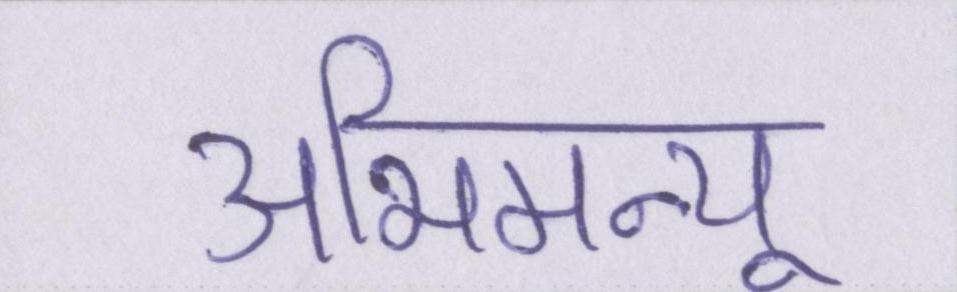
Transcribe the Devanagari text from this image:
अभिमन्यू